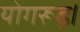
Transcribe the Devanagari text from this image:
योगरूढ़।